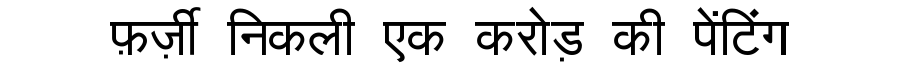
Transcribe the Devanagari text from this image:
फ़र्ज़ी निकली एक करोड़ की पेंटिंग